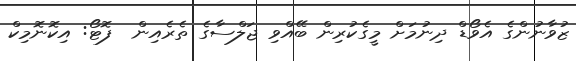
ޒުވާނުންގެ އެވޯޑް ދިނުމަށް މީގެކުރިން ބޭއްވި ޖަލްސާގެ ތެރެއިން  ފޮޓޯ: އިކޮނޮމިކް